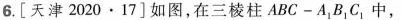
6.[天津2020·17]如图，在三棱柱ABC-A_{1}B_{1}C_{1}中，